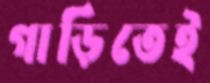
গাড়িতেই